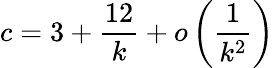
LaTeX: c=3+\frac{12}{k}+o\left(\frac{1}{k^{2}}\right)